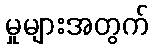
မှုများအတွက်